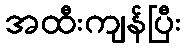
အထီးကျန်ပြီး